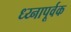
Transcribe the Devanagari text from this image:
ध्य्नापूर्वक